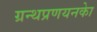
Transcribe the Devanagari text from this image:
ग्रन्थप्रणयनकाे